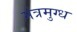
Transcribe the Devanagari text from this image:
मंत्रमुग्‍ध